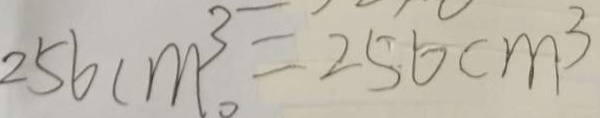
2 5 6 c m ^ { 3 } . = 2 5 6 c m ^ { 3 }